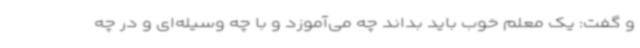
و گفت: یک معلم خوب باید بداند چه می‌آموزد و با چه وسیله‌ای و در چه